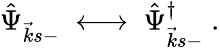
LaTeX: \hat{\Psi}_{\vec{k}s-}\; \longleftrightarrow\; \hat{\Psi}_{\vec{k}s-}^{\dagger}\; .